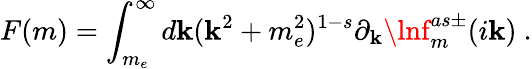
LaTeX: F(m)=\int_{m_{e}}^{\infty}d\mathbf{k}(\mathbf{k}^{2}+m_{e}^{2})^{1-s}\partial_{\mathbf{k}}\lnf_{m}^{as\pm}(i\mathbf{k})\ .